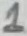
Text: 1